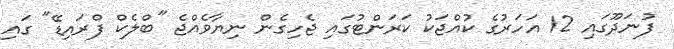
ފުނަދޫގައި 12 އަހަރުގެ ކުއްޖަކު ކަރަންޓުގައި ޖެހިގެން ނިޔާވެއްޖެ "ބްލެކް ފްރައިޑޭ" ގައި